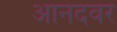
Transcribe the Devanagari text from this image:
आनंदवर